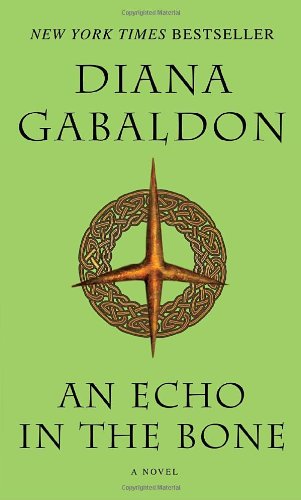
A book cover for An Echo in the Bone: A Novel (Outlander); Diana Gabaldon; Science Fiction & Fantasy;